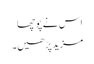
اس نے پوچھا
مزید پڑھیں۔